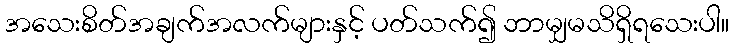
အသေးစိတ်အချက်အလက်များနှင့် ပတ်သက်၍ ဘာမျှမသိရှိရသေးပါ။